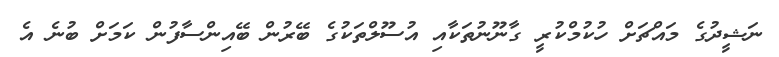
ނަޝީދުގެ މައްޗަށް ހުކުމްކުރީ ގާނޫނުތަކާއި އުސޫލްތަކުގެ ބޭރުން ބޭއިންސާފުން ކަމަށް ބުނެ އެ